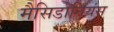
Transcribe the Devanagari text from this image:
मैसिडोनियंस